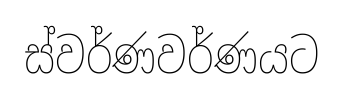
ස්වර්ණවර්ණයට